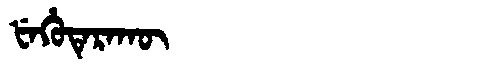
Manchu: ᡶᡝᡥᡠᡨᡝᡵᠠᡴᡡ
Romanization: FEHUTERAKŪ